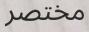
مختصر